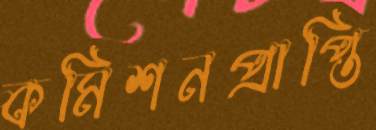
কমিশনপ্রাপ্তি